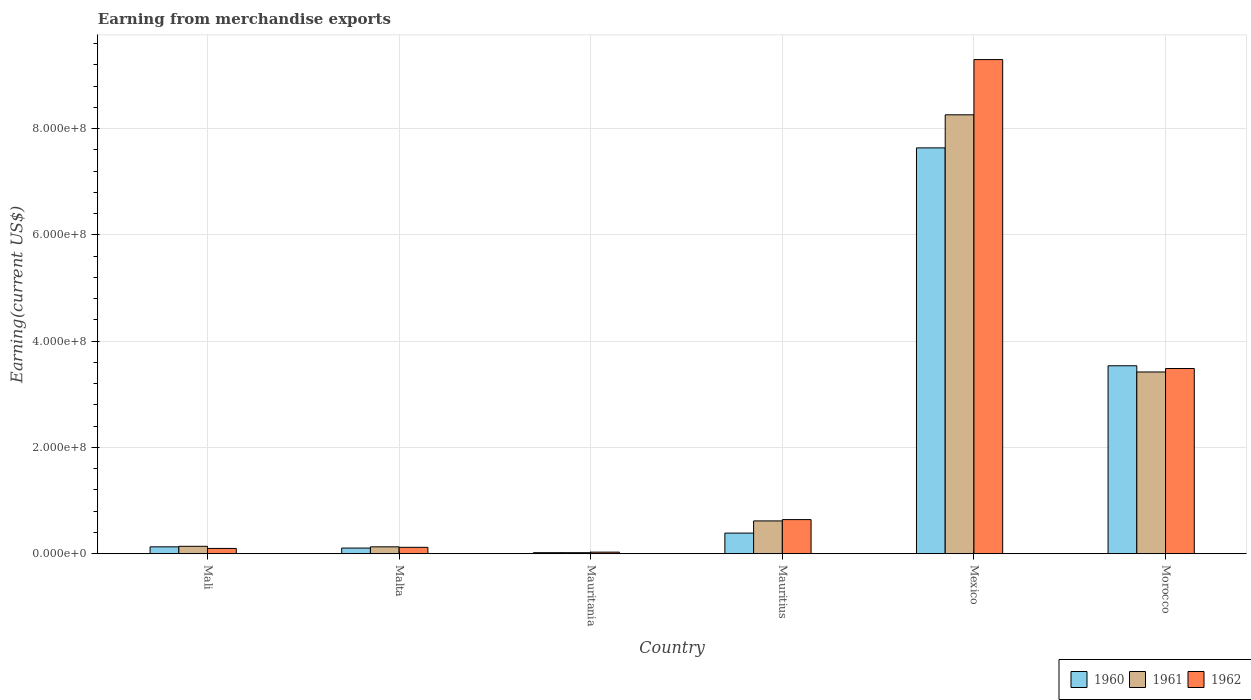
| Country | 1960 | 1961 | 1962 |
 | --- | --- | --- | --- |
 | Mali | 1.3e+07 | 1.4e+07 | 1e+07 |
 | Malta | 1.07e+07 | 1.3e+07 | 1.21e+07 |
 | Mauritania | 2e+06 | 2e+06 | 3e+06 |
 | Mauritius | 3.88e+07 | 6.18e+07 | 6.42e+07 |
 | Mexico | 7.64e+08 | 8.26e+08 | 9.3e+08 |
 | Morocco | 3.54e+08 | 3.42e+08 | 3.49e+08 |